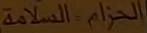
الحزم-السلامة